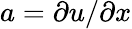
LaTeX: a=\partial u/\partial x